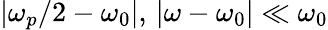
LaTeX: |\omega_{p}/2-\omega_{0}|,\, |\omega-\omega_{0}|\ll\omega_{0}